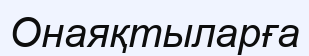
Онаяқтыларға